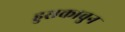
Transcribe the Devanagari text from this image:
हुसकावुन